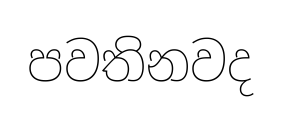
පවතිනවද